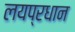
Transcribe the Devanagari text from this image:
लयप्रधान